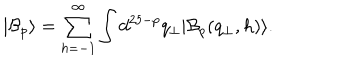
| \mathcal { B } _ { p } \rangle = \sum _ { h = - 1 } ^ { \infty } \int d ^ { 2 5 - p } q _ { \bot } | \mathcal { B } _ { p } ( q _ { \bot } , h ) \rangle .